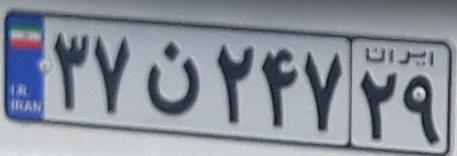
۳۷ن۲۴۷۲۹